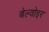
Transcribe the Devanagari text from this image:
बेल्वोइर